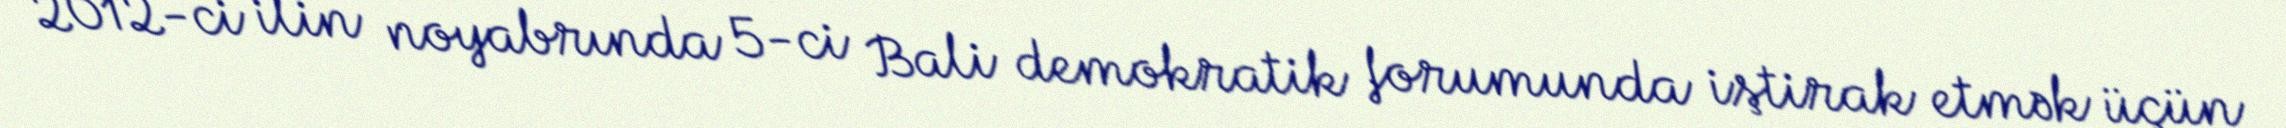
2012-ci ilin noyabrında 5-ci Bali demokratik forumunda iştirak etmək üçün